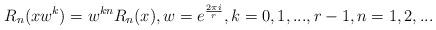
LaTeX: \begin{align*}R_{n}(xw^{k})=w^{kn}R_{n}(x),w=e^{\frac{2\pi i}{r}},k=0,1,...,r-1,n=1,2,...\end{align*}